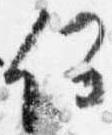
何